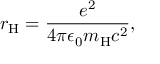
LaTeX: r _ { \mathrm { H } } = { \frac { e ^ { 2 } } { 4 \pi \epsilon _ { 0 } m _ { \mathrm { H } } c ^ { 2 } } } ,